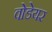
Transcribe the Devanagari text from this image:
वोडेयर